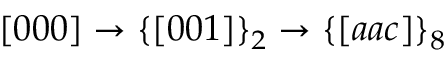
[ 0 0 0 ] \rightarrow \{ [ 0 0 1 ] \} _ { 2 } \rightarrow \{ [ a a c ] \} _ { 8 }